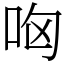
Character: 㕼